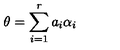
\theta = \sum _ { i = 1 } ^ { r } a _ { i } \alpha _ { i }